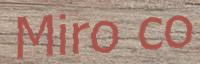
Miro co